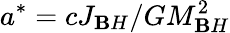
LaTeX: a^{*}=cJ_{\mathbf{B}H}/GM_{\mathbf{B}H}^{2}